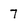
Character: 7